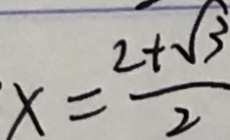
x = \frac { 2 + \sqrt { 3 } } { 2 }